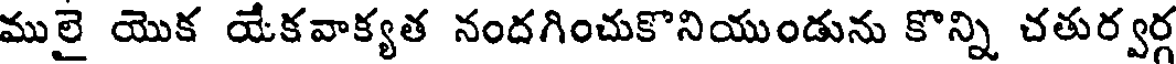
ములై యొక యేకవాక్యత నందగించుకొనియుండును కొన్ని చతుర్వర్గ